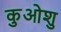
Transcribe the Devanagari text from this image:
कुओशु